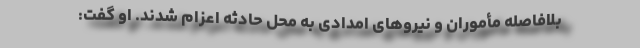
بلافاصله مأموران و نیرو‌های امدادی به محل حادثه اعزام شدند. او گفت: